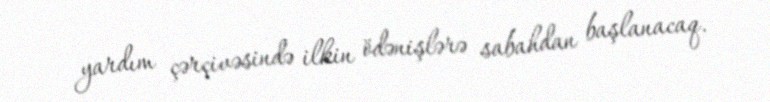
yardım çərçivəsində ilkin ödənişlərə sabahdan başlanacaq.